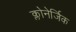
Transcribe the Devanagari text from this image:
क्लोनेर्जिक